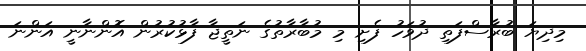
މިދިޔަ ބުރާސްފަތި ދުވަހު ފެށި މި މުބާރާތުގެ ނަތީޖާ ފާޅުކުރުން އޮންނާނީ އަންނަ